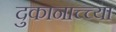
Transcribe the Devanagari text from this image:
दुकानाच्च्या